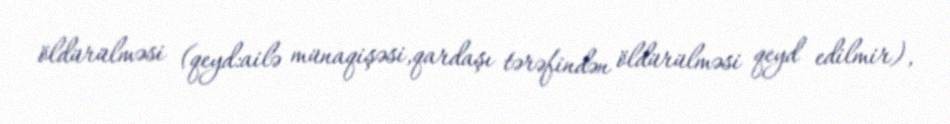
öldürülməsi (qeyd:ailə münaqişəsi,qardaşı tərəfindən öldürülməsi qeyd edilmir),